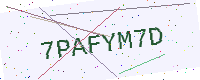
Text: 7PAFYM7D